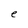
Character: e